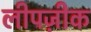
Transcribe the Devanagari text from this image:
लीपज़ीक